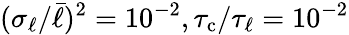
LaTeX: (\sigma_{\ell}/\bar{\ell})^{2}=10^{-2},{\tau_{\mathrm{c}}}/{\tau_{\ell}}=10^{-2}